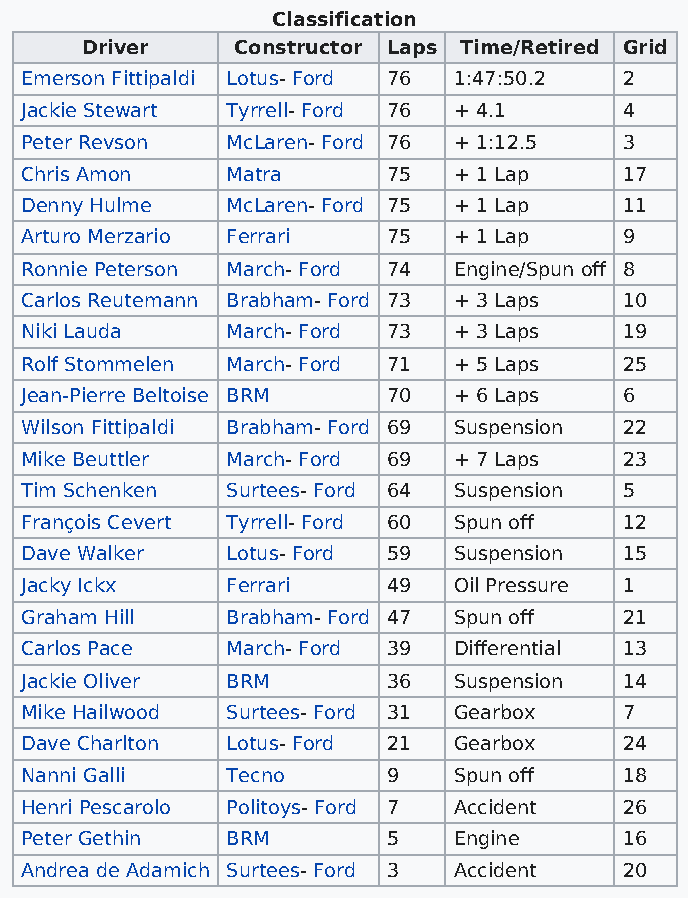
Classification
 Driver     Constructor Laps Time/Retired Grid
 Emerson Fittipaldi Lotus- Ford 76 1:47:50.2 2
 Jackie Stewart Tyrrell- Ford 76 + 4.1   4
 Peter Revson  McLaren- Ford 76 + 1:12.5 3
 Chris Amon    Matra      75  + 1 Lap    17
 Denny Hulme   McLaren- Ford 75 + 1 Lap  11
 Arturo Merzario Ferrari  75  + 1 Lap    9
 Ronnie Peterson March- Ford 74 Engine/Spun off 8
 Carlos Reutemann Brabham- Ford 73 + 3 Laps 10
 Niki Lauda    March- Ford 73 + 3 Laps   19
 Rolf Stommelen March- Ford 71 + 5 Laps  25
 Jean-Pierre Beltoise BRM 70  + 6 Laps   6
 Wilson Fittipaldi Brabham- Ford 69 Suspension 22
 Mike Beuttler March- Ford 69 + 7 Laps   23
 Tim Schenken  Surtees- Ford 64 Suspension 5
 François Cevert Tyrrell- Ford 60 Spun off 12
 Dave Walker   Lotus- Ford 59 Suspension 15
 Jacky Ickx    Ferrari    49  Oil Pressure 1
 Graham Hill   Brabham- Ford 47 Spun off 21
 Carlos Pace   March- Ford 39 Differential 13
 Jackie Oliver BRM        36  Suspension 14
 Mike Hailwood Surtees- Ford 31 Gearbox  7
 Dave Charlton Lotus- Ford 21 Gearbox    24
 Nanni Galli   Tecno      9   Spun off   18
 Henri Pescarolo Politoys- Ford 7 Accident 26
 Peter Gethin  BRM        5   Engine     16
 Andrea de Adamich Surtees- Ford 3 Accident 20